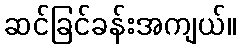
ဆင်ခြင်ခန်းအကျယ်။